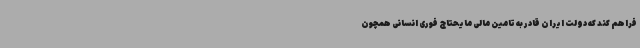
فراهم کند که دولت ایران قادر به تامین مالی مایحتاج فوری انسانی همچون